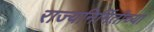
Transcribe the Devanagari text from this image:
राज्यनिर्मितीच्या